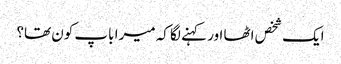
ایک شخص اٹھا اور کہنے لگا کہ میرا باپ کون تھا؟